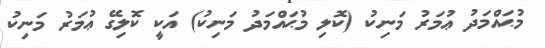
މުޙައްމަދު ޢުމަރު މަނިކު (ކޮލި މުޙައްމަދު މަނިކު) އަކީ ކޮލިގޭ ޢުމަރު މަނިކު